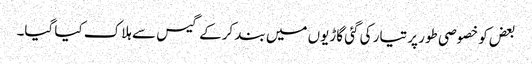
بعض کو خصوصی طور پر تیار کی گئی گاڑیوں میں بند کرکے گیس سے ہلاک کیا گیا۔